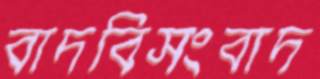
বাদবিসংবাদ